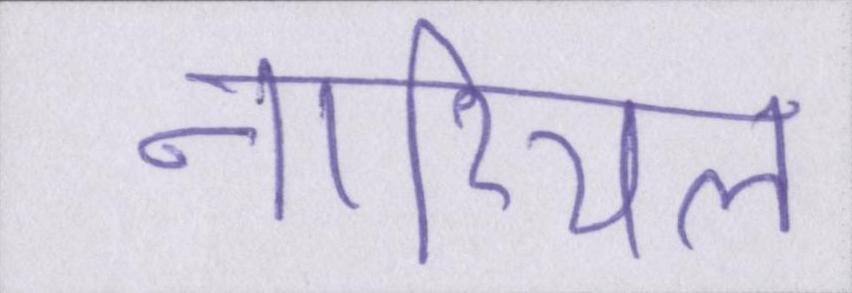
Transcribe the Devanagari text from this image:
नारियल